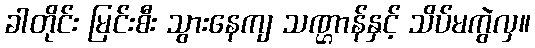
ခါတိုင်း မြင်းစီး သွားနေကျ သဏ္ဌာန်နှင့် သိပ်မကွဲလှ။